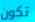
تكون